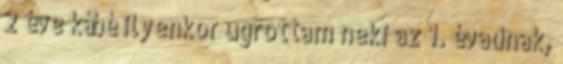
2 éve kábé ilyenkor ugrottam neki az 1. évadnak,